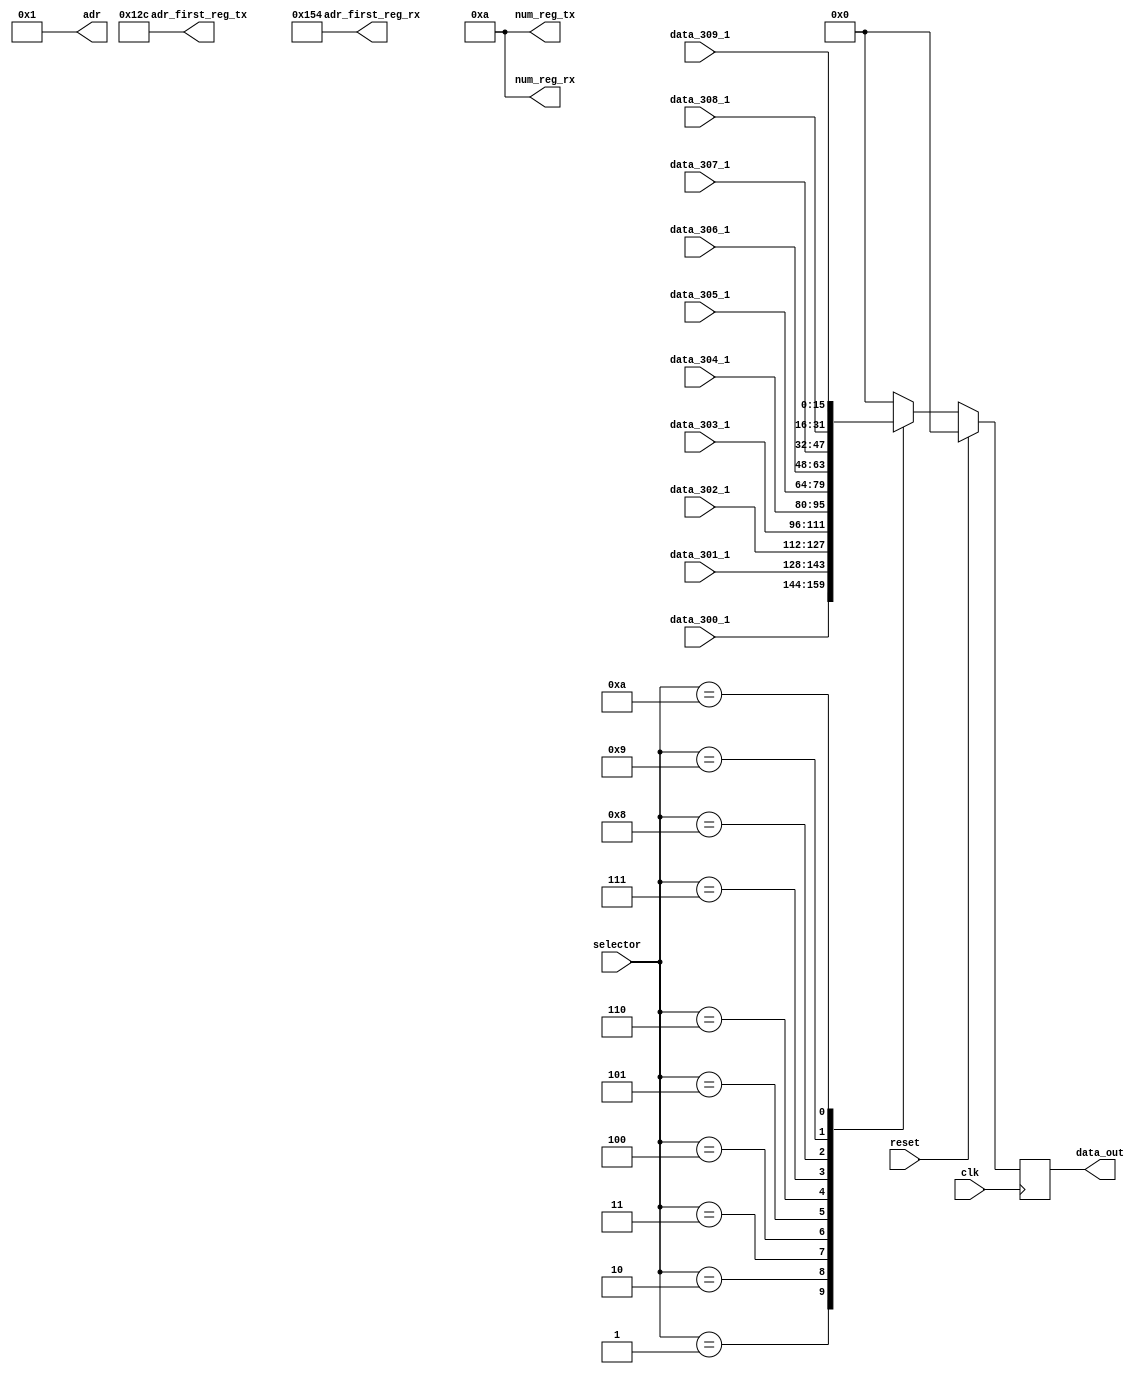
module data_mux_1 (
					input        clk,
					input [7:0]  selector,
					input [15:0] data_300_1,
					input [15:0] data_301_1,
					input [15:0] data_302_1,
					input [15:0] data_303_1,
					input [15:0] data_304_1,
					input [15:0] data_305_1,
					input [15:0] data_306_1,
					input [15:0] data_307_1,
					input [15:0] data_308_1,
					input [15:0] data_309_1,
					input 		 reset,
												output reg [7:0]  adr,
												output reg [15:0] adr_first_reg_tx,
												output reg [7:0]  num_reg_tx,
												output reg [15:0] adr_first_reg_rx,
												output reg [7:0]  num_reg_rx,
												output reg [15:0] data_out
																						);

parameter [7:0]  slave_adr            = 1;
parameter [15:0] adr_first_reg_write  = 300;
parameter [7:0]  num_reg_write		  = 10;
parameter [15:0] adr_first_reg_read   = 340;
parameter [7:0]  num_reg_write_read	  = 10;


initial begin
	data_out         = 16'h0000;
	adr 				  = slave_adr;
	adr_first_reg_tx = adr_first_reg_write;
	num_reg_tx 		  = num_reg_write;
	adr_first_reg_rx = adr_first_reg_read;
	num_reg_rx 		  = num_reg_write_read;
end

always @(posedge clk) begin

	if(reset)
		data_out <= 16'h0000;
	else begin
	
		
		case(selector)

			1: data_out <= data_300_1;

			2: data_out <= data_301_1;

			3: data_out <= data_302_1;

			4: data_out <= data_303_1;

			5: data_out <= data_304_1;

			6: data_out <= data_305_1;

			7: data_out <= data_306_1;

			8: data_out <= data_307_1;

			9: data_out <= data_308_1;

			10: data_out <= data_309_1;

			default: data_out <= 16'h0000;

		endcase

	end

end
endmodule